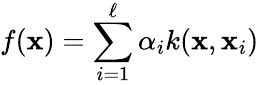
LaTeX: f(\mathbf{x})=\sum_{i=1}^{\ell}\alpha_{i}k(\mathbf{x},\mathbf{x}_{i})